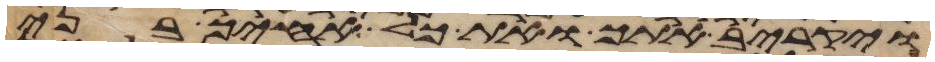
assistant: ויקריב אתך ואת כל אחיך בני